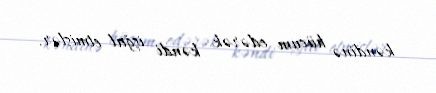
kəndinə hücum edərək kəndi işğal etmişlər.